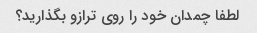
لطفا چمدان خود را روی ترازو بگذارید؟